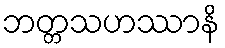
ဘတ္တသဟဿာနိ